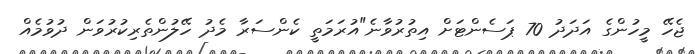
ޖެހޭ މީހުންގެ އަދަދު 70 ޕަސެންޓަށް އިތުރުވާނެ"އުރަމަތީ ކެންސަރާ މެދު ހޭލުންތެރިކުރުވަން ދުވުމެއް